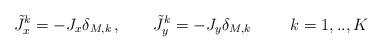
\begin{align*}\tilde{J}_{x}^{k} = - J_{x} \delta_{M,k} \, , \hspace{8mm}\tilde{J}_{y}^{k} = - J_{y} \delta_{M,k}\hspace{1cm} k=1,..,K\end{align*}